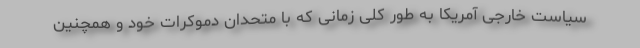
سیاست خارجی آمریکا به طور کلی زمانی که با متحدان دموکرات خود و همچنین